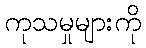
ကုသမှုများကို